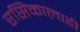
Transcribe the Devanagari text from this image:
रसिकालाही